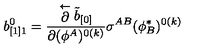
b _ { [ 1 ] 1 } ^ { 0 } = { \frac { \stackrel { \leftarrow } { \partial } \tilde { b } _ { [ 0 ] } } { \partial ( \phi ^ { A } ) ^ { 0 ( k ) } } } \sigma ^ { A B } ( \phi _ { B } ^ { * } ) ^ { 0 ( k ) }